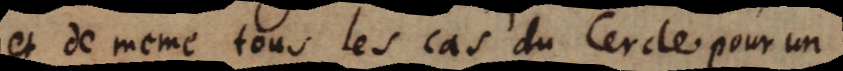
et de meme tous les cas du Cercle pour un